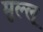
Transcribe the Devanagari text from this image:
मुल्लू